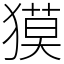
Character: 獏